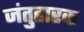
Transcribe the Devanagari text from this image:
जंतुहारक